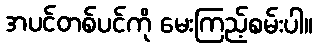
အပင်တစ်ပင်ကို မေးကြည့်စမ်းပါ။